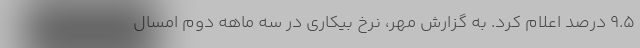
۹.۵ درصد اعلام کرد. به گزارش مهر، نرخ بیکاری در سه ماهه دوم امسال